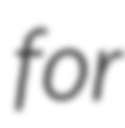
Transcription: for